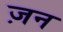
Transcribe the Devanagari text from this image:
ज़न